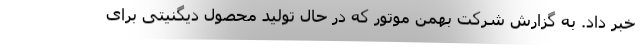
خبر داد. به گزارش شرکت بهمن موتور که در حال تولید محصول دیگنیتی برای